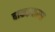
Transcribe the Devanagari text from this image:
बाकड्यावर